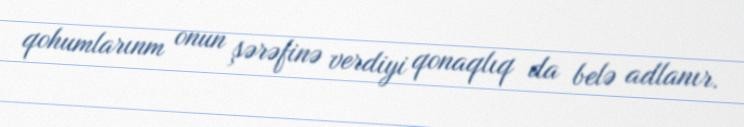
qohumlarınm onun şərəfinə verdiyi qonaqlıq da belə adlanır.